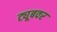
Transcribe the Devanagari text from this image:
ट्यूबवर